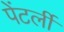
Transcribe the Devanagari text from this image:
पेंटर्ली